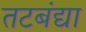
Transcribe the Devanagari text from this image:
तटबंद्या